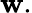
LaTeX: \mathbf{w}.